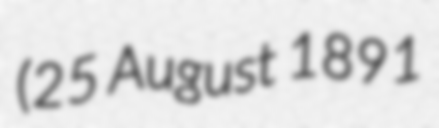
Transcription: (25 August 1891